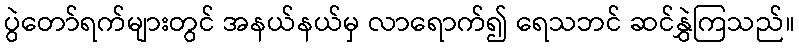
ပွဲတော်ရက်များတွင် အနယ်နယ်မှ လာရောက်၍ ရေသဘင် ဆင်နွှဲကြသည်။